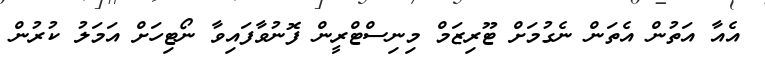
އެއާ އަތުން އެތަން ނެގުމަށް ޓޫރިޒަމް މިނިސްޓްރީން ފޮނުވާފައިވާ ނޯޓިހަށް އަމަލު ކުރުން